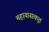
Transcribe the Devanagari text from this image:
महायासकृत